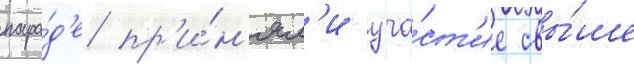
пара́д'е пр'и́н'ял'и уча́ст'ие свы́ше